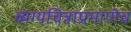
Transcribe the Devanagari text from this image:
व्यंग्यचित्राप्रमाणेच